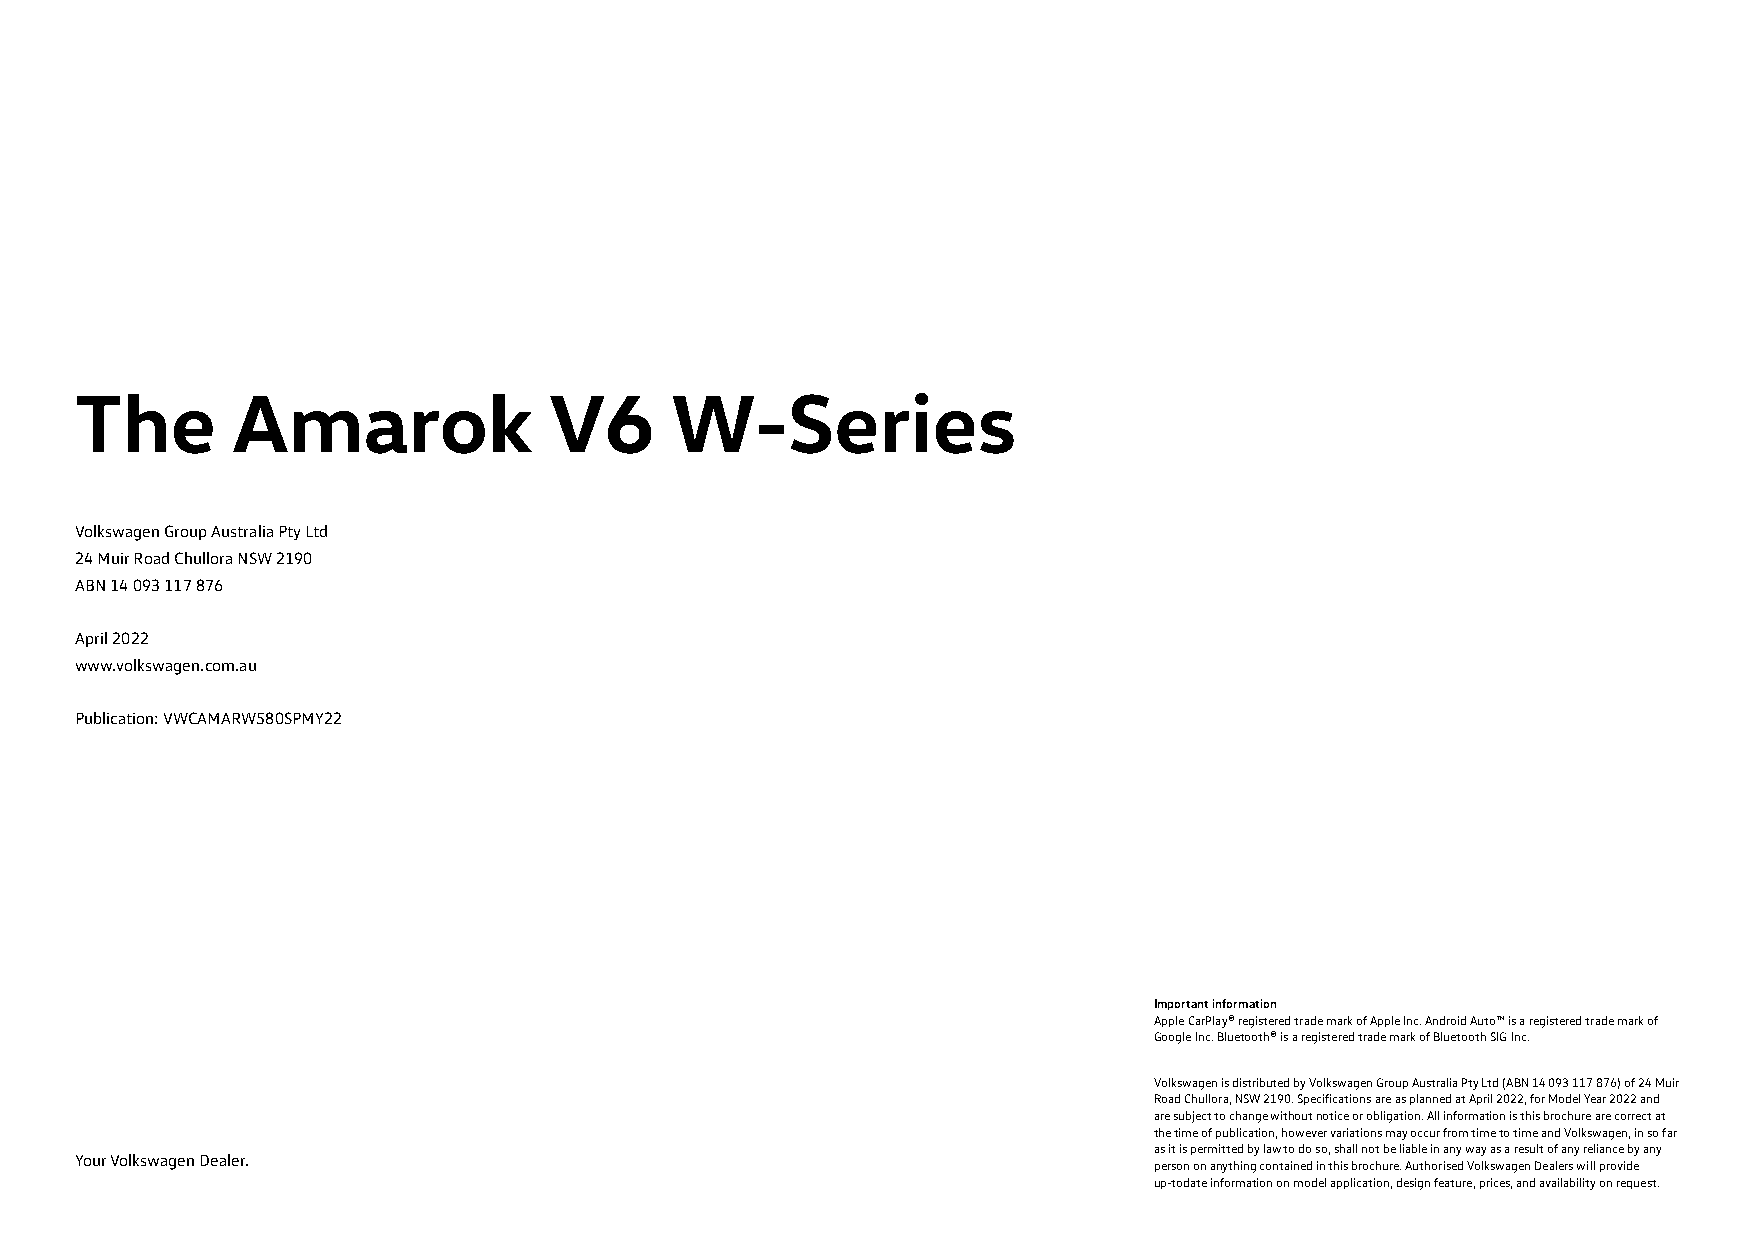
The       Amarok               V6      W-Series
 Volkswagen Group Australia Pty Ltd
 24 Muir Road Chullora NSW 2190
 ABN 14 093 117 876
 April 2022
 www.volkswagen.com.au
 Publication: VWCAMARW580SPMY22
 Important information
 Apple CarPlay® registered trade mark of Apple Inc. Android Auto™ is a registered trade mark of
 Google Inc. Bluetooth® is a registered trade mark of Bluetooth SIG Inc.
 Volkswagen is distributed by Volkswagen Group Australia Pty Ltd (ABN 14 093 117 876) of 24 Muir
 Road Chullora, NSW 2190. Specifications are as planned at April 2022, for Model Year 2022 and
 are subject to change without notice or obligation. All information is this brochure are correct at
 the time of publication, however variations may occur from time to time and Volkswagen, in so far
 as it is permitted by law to do so, shall not be liable in any way as a result of any reliance by any
 Your Volkswagen Dealer.
 person on anything contained in this brochure. Authorised Volkswagen Dealers will provide
 up-todate information on model application, design feature, prices, and availability on request.